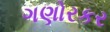
ગણોરકર